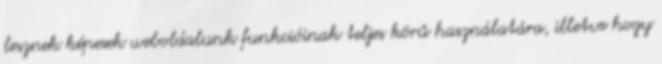
lesznek képesek weboldalunk funkcióinak teljes körű használatára, illetve hogy